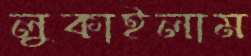
লুকাইলাম